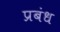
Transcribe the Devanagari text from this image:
प्रबंध